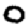
Digit: 0